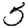
Digit: 5